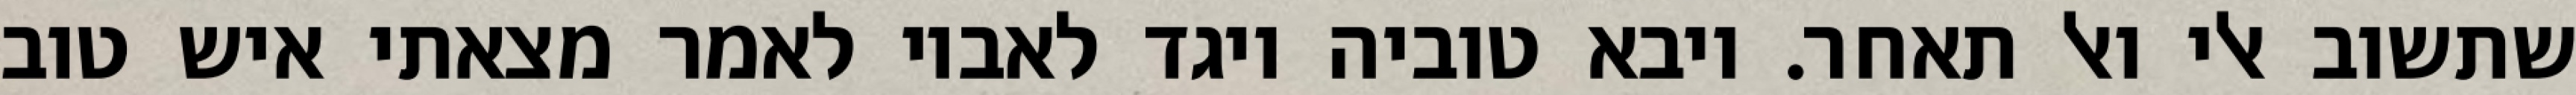
שתשוב אלי ואל תאחר. ויבא טוביה ויגד לאביו לאמר מצאתי איש טוב